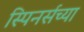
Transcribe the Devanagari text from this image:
स्पिनर्सच्या